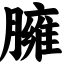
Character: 臃